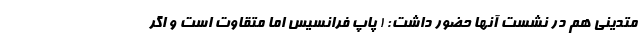
متدینی هم در نشست آنها حضور داشت: ! پاپ فرانسیس اما متقاوت است و اگر